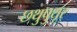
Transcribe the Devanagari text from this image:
छथुपुथूर्